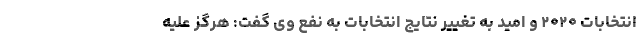
انتخابات ۲۰۲۰ و امید به تغییر نتایج انتخابات به نفع وی گفت: هرگز علیه